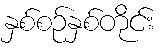
နှစ်စဉ်နှစ်တိုင်း